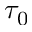
\tau _ { 0 }